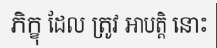
ភិក្ខុ ដែល ត្រូវ អាបត្តិ នោះ